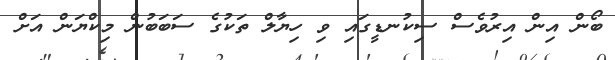
ބޯން އިން އިރުވެސް ސިކުނޑީގައި ވި ހިޔާލް ތަކުގެ ސަބަބުން މިކްޔަން އަށް